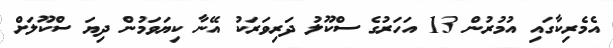
އެމެރިކާގައި އުމުރުން 13 އަހަރުގެ ސްކޫލު ދަރިވަރަކު އޭނާ ކިޔަވަމުން ދިޔަ ސްކޫލަށް